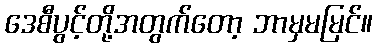
ဒေစီပွင့်တို့အတွက်တော့ ဘာမှမမြင်။